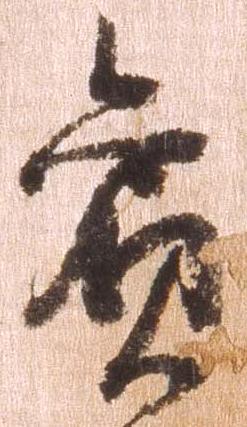
賞